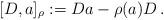
LaTeX: \begin{align*} [D, a]_\rho := Da - \rho(a) D \, .\end{align*}